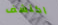
اكتشف